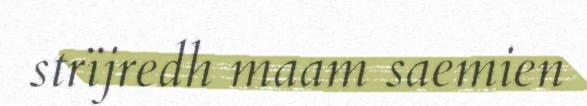
strïjredh maam saemien